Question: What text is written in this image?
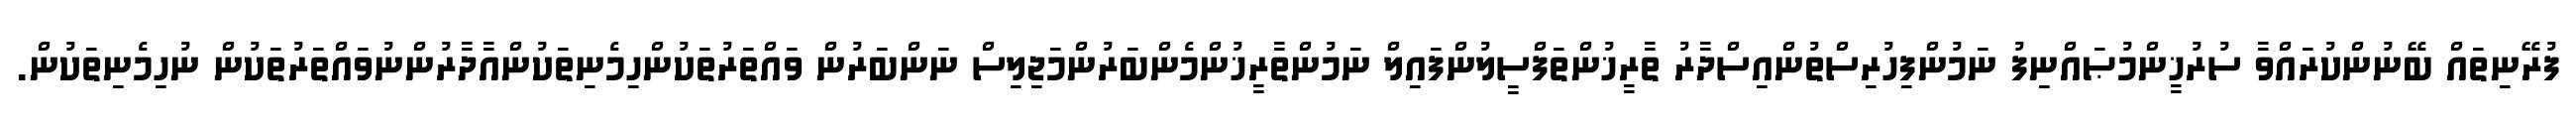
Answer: ފުރޭނިތައް ބޭނުންކުރައްވާ ސުރުޚީންމުޞައްނިފު ނަމުންފިހުރިސްތުންއިސްދާރު ތާރީޚުންތަފްސީލުންފައިލް ނަމުންތާރީޚުންމެންބަރުންމަޖިލިސް ނަންބަރުން ވައްތަރުތަކުންހިމެނިތަކުންއާދާރުންނުވައްތަރުތަކުން ނުހިމެނިތަކުން.